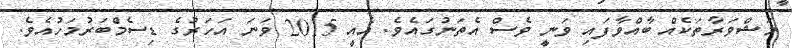
މަޝްވަރާތަކެއް ބާއްވާފައި ވަނީ ވެސް އެތަނުގައެވެ. އެއީ 2015 ވަނަ އަހަރުގެ ޑިސެމްބަރުމަހުއެވެ.